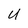
Character: U